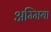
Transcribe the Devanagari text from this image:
अम्मिया